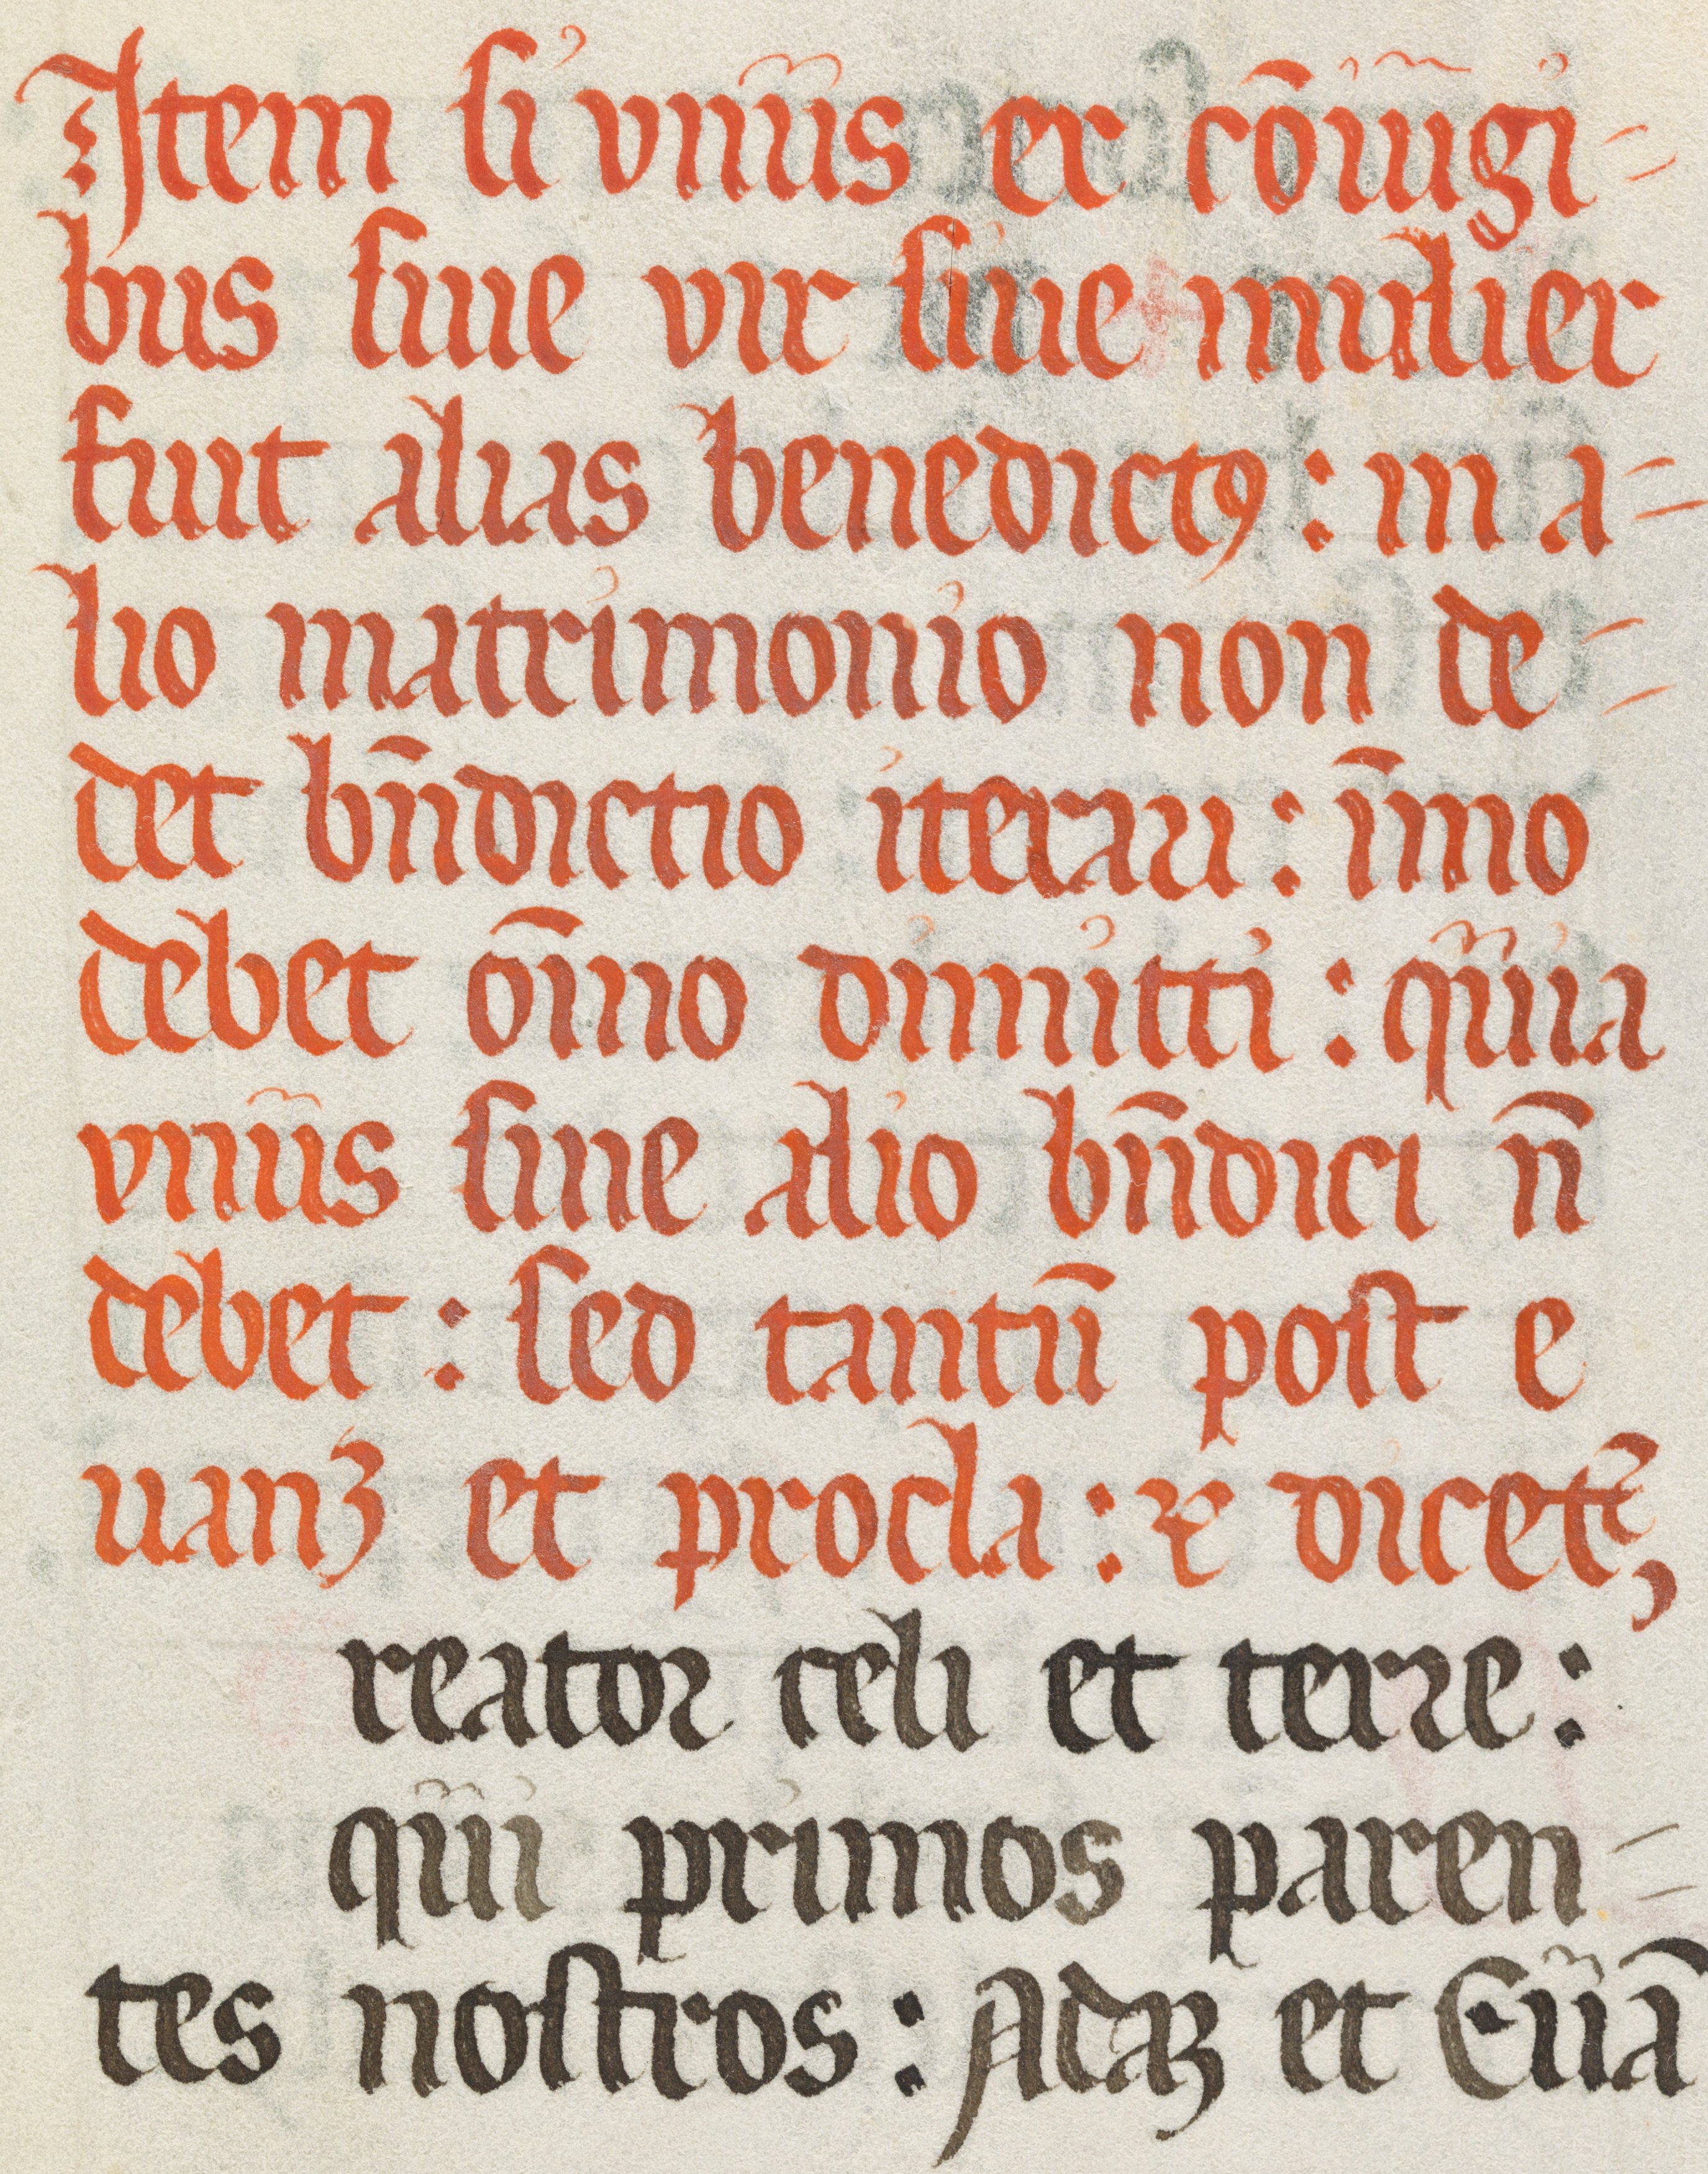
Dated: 1500–1599